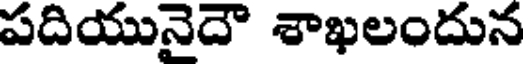
పదియునైదౌ శాఖలందున